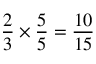
{ \frac { 2 } { 3 } } \times { \frac { 5 } { 5 } } = { \frac { 1 0 } { 1 5 } }